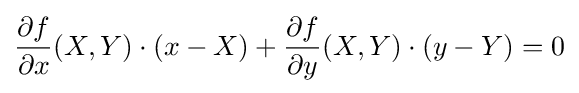
{\frac {\partial f}{\partial x}}(X,Y)\cdot (x-X)+{\frac {\partial f}{\partial y}}(X,Y)\cdot (y-Y)=0